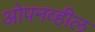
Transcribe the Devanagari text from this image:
ओपनव्हील